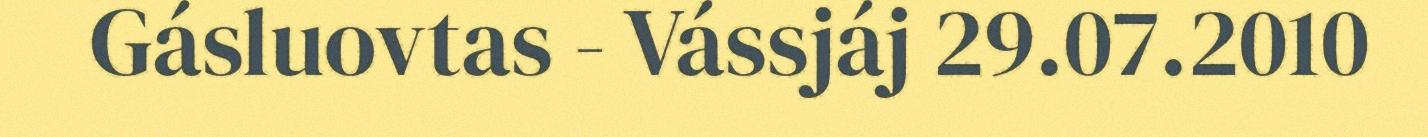
Gásluovtas - Vássjáj 29.07.2010